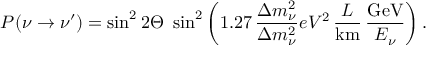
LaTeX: P ( \nu \to \nu ^ { \prime } ) = \sin ^ { 2 } 2 \Theta \, \, \sin ^ { 2 } \left( 1 . 2 7 \, \frac { \Delta m _ { \nu } ^ { 2 } } { \Delta m _ { \nu } ^ { 2 } } { e V ^ { 2 } } \, \frac { L } { \mathrm { k m } } \, \frac { \mathrm { G e V } } { E _ { \nu } } \right) .